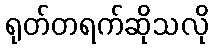
ရုတ်တရက်ဆိုသလို